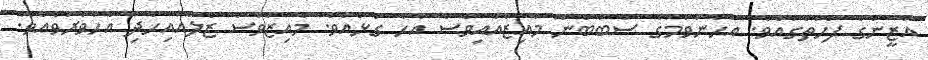
އާޒީންގެ ފަހަތުގައެވެ. އެހެންވުމުގެ ސަބަބުން މާއިޒްއާއިވެސް އެހާ ގުޅެއެވެ. މާއިޒްވެސް ޒެލްއާއިހެދި އެހާވަރުވެއެވެ.